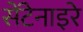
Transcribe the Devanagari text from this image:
सेंटेनाइरे